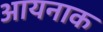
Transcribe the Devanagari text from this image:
आयनाक